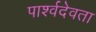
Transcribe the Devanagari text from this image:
पार्श्वदेवता